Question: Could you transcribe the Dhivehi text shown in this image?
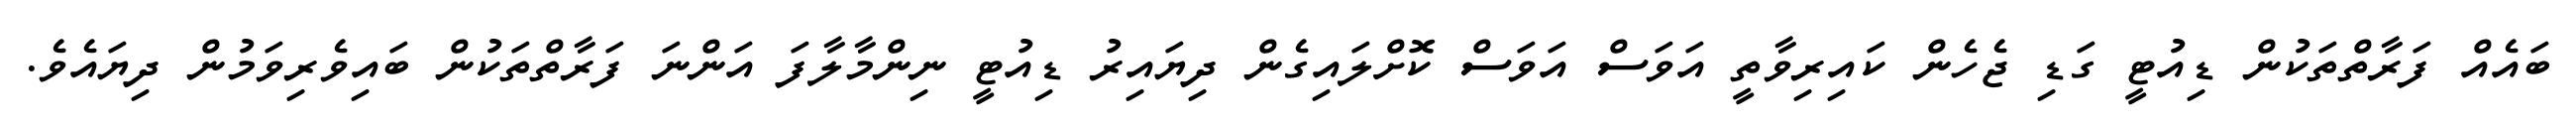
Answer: ބައެއް ފަރާތްތަކުން ޑިއުޓީ ގަޑި ޖެހެން ކައިރިވާތީ އަވަސް އަވަސް ކޮށްލައިގެން ދިޔައިރު ޑިއުޓީ ނިންމާލާފަ އަންނަ ފަރާތްތަކުން ބައިވެރިވަމުން ދިޔައެވެ.